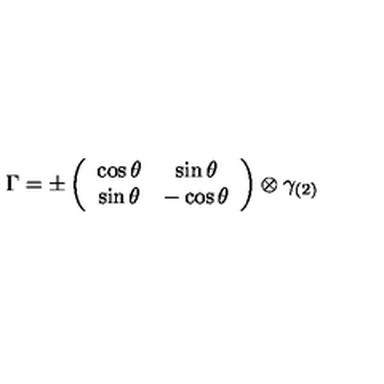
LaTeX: \Gamma = \pm \left( \begin{array} { c c } { \cos \theta } & { \sin \theta } \\ { \sin \theta } & { - \cos \theta } \\ \end{array} \right) \otimes \gamma _ { ( 2 ) }